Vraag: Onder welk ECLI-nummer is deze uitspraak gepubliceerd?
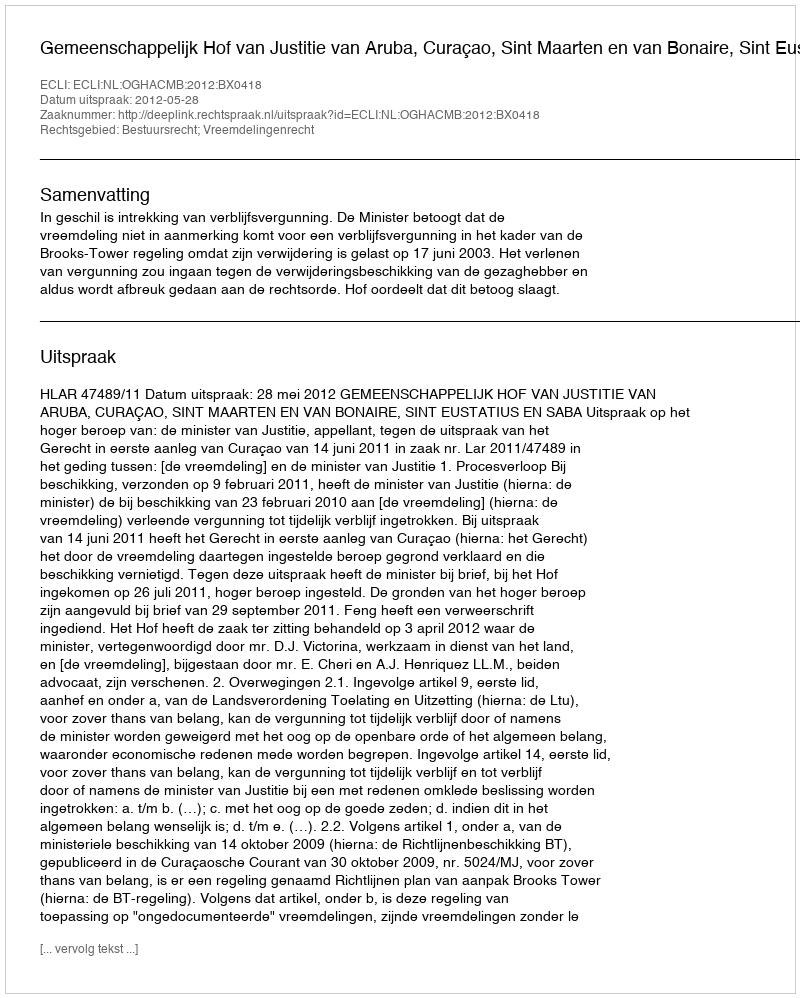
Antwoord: ECLI:NL:OGHACMB:2012:BX0418